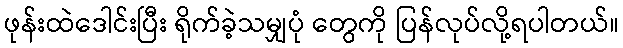
ဖုန်းထဲဒေါင်းပြီး ရိုက်ခဲ့သမျှပုံ တွေကို ပြန်လုပ်လို့ရပါတယ်။